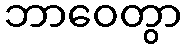
ဘာဝေတွာ